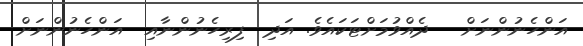
އަންހެނުންނަށް   ދެއްވުމަށްޓަކައެވެ. އަދި  ފިރިހެނުންނާއި  އަންހެނުންނަށް